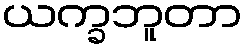
ယက္ခဘူတာ